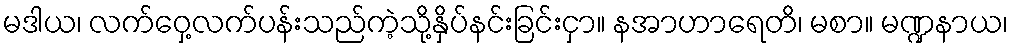
မဒါယ၊ လက်ဝှေ့လက်ပန်းသည်ကဲ့သို့နှိပ်နင်းခြင်းငှာ။ နအာဟာရေတိ၊ မစာ။ မဏ္ဍနာယ၊